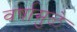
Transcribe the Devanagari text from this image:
वर्षामुळे